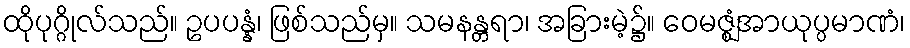
ထိုပုဂ္ဂိုလ်သည်။ ဥပပန္နံ၊ ဖြစ်သည်မှ။ သမနန္တရာ၊ အခြားမဲ့၌။ ဝေမဇ္ဈံအာယုပ္ပမာဏံ၊